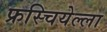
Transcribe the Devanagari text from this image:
फ्रस्चियेल्ला